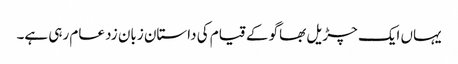
یہاں ایک چڑیل بھاگو کے قیام کی داستان زبان زد عام رہی ہے۔